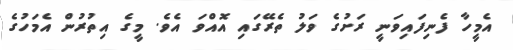
އެމީހާ ފެނިފައިވަނީ ރަށުގެ ވަލު ތެރޭގައި އޮއްވަ އެވެ. މީގެ އިތުރުން އެމަހުގެ